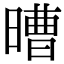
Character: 𣉿